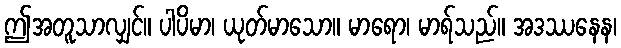
ဤအတူသာလျှင်။ ပါပိမာ၊ ယုတ်မာသော။ မာရော၊ မာရ်သည်။ အဒဿနေန၊